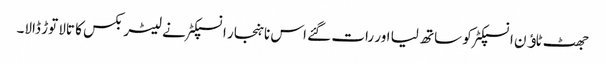
جھٹ ٹاﺅن انسپکٹر کو ساتھ لیا اور رات گئے اس ناہنجار انسپکٹر نے لیٹر بکس کا تالا توڑ ڈالا۔